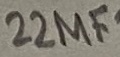
Text: 22µF